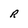
Character: r